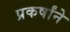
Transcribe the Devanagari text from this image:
प्रकर्षांने